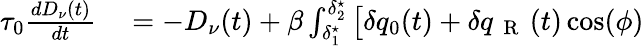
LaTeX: \begin{array}{rl}{\tau_{0}\frac{dD_{\nu}(t)}{dt}}&{{}=-D_{\nu}(t)+\beta\int_{\delta_{1}^{\star}}^{\delta_{2}^{\star}}\big[\delta q_{0}(t)+\delta q_{\mathrm{~{~R~}~}}(t)\cos(\phi)}\end{array}